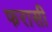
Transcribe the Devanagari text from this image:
फरासी